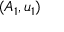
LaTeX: ( A _ { 1 } , u _ { 1 } )